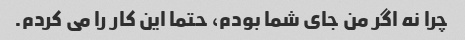
چرا نه اگر من جای شما بودم، حتما این کار را می کردم.